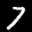
Label: 7